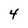
Character: 4